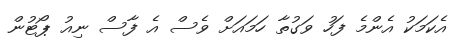
އެކަމަކު އެންމެ ފަހު ވަގުތާ ހަމައަށް ވެސް އެ ފާސް ނިއު ޕޯޓުން